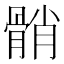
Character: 𩩓